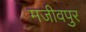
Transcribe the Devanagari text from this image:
मजीवपुर